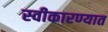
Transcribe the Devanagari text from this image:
स्‍वीकारण्‍यात